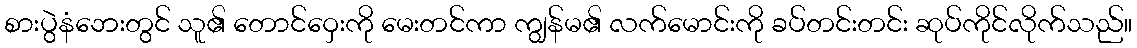
စားပွဲနံဘေးတွင် သူ၏ တောင်ဝှေးကို မေးတင်ကာ ကျွန်မ၏ လက်မောင်းကို ခပ်တင်းတင်း ဆုပ်ကိုင်လိုက်သည်။